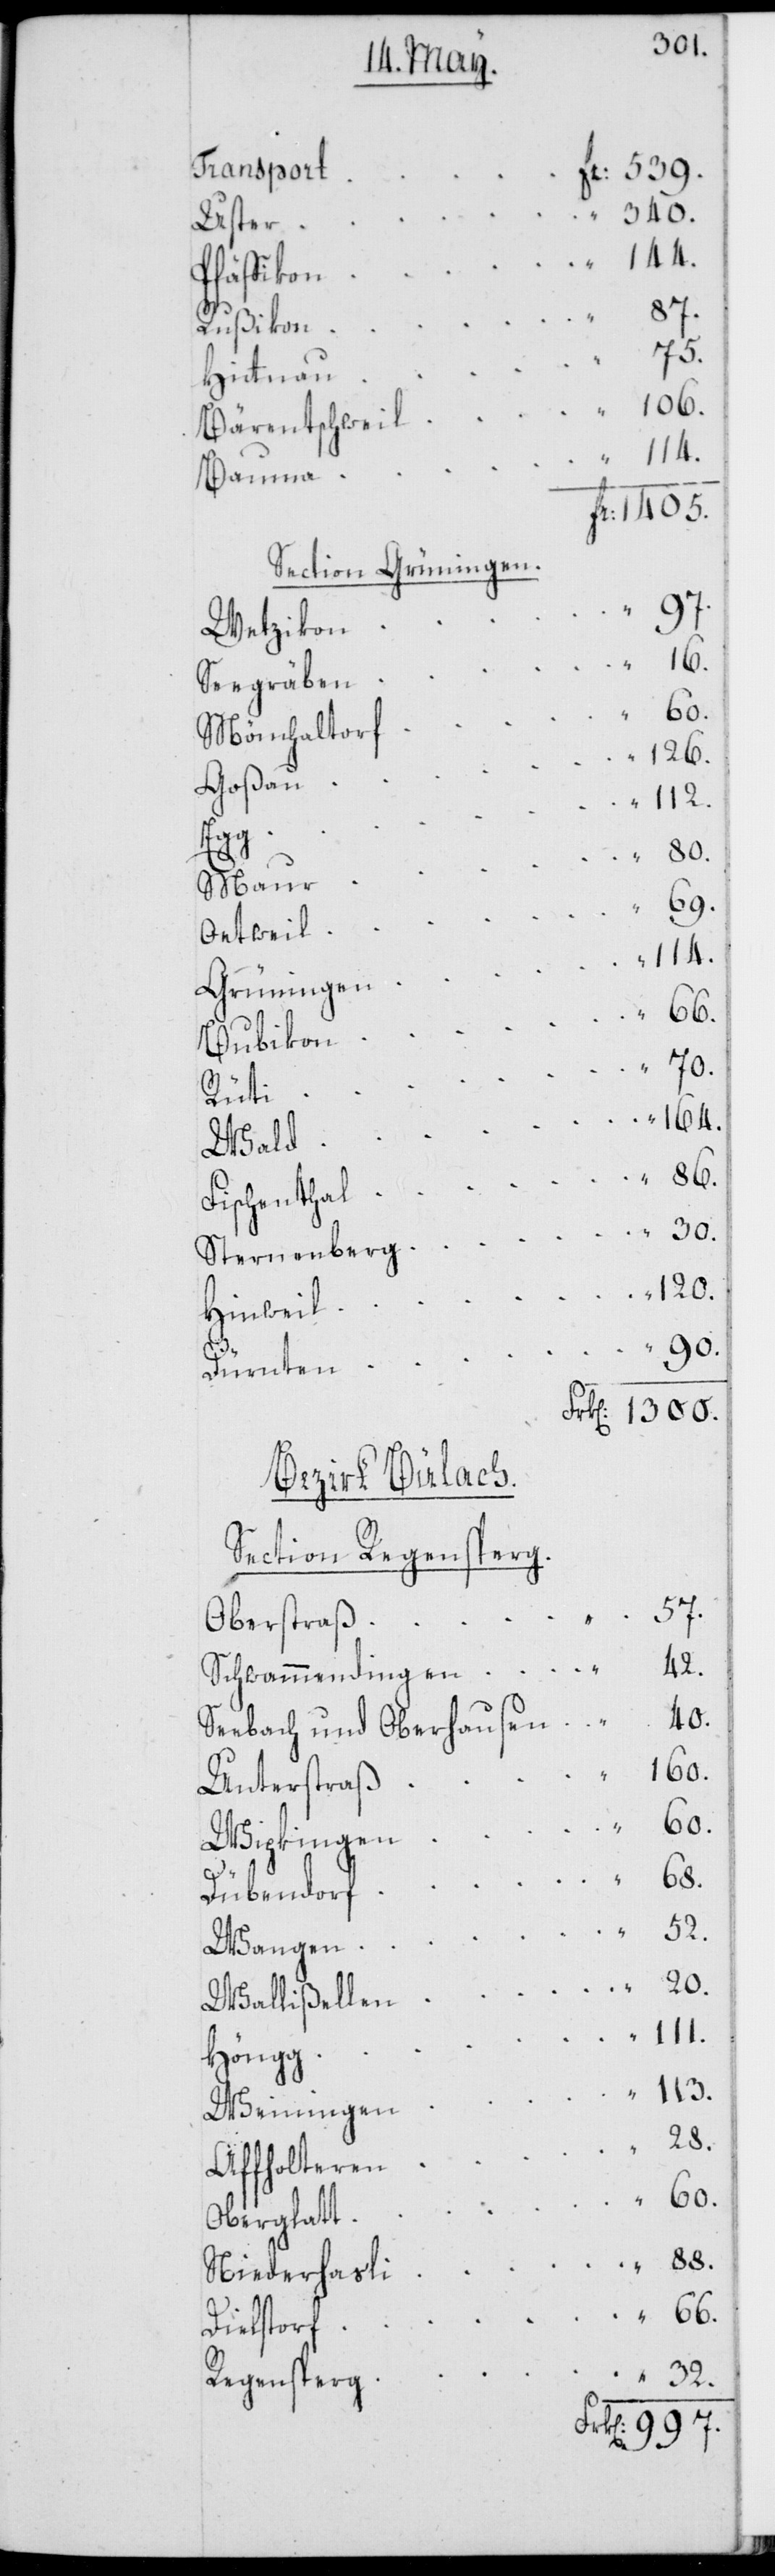
1300.
Transport
Fr: 539.
340.
Uster
Pfäffikon
57.
52.
Rußikon
75.
Hittnau
Bärentschweil
Bauma
Fr: 1405.
Section Grüningen.
97.
32.
Wetzikon
Seegräben
60.
Mönchaltorf
126.
Goßau
112.
Egg
Maur
997.
Oetweil
114.
Grüningen
106.
Bubikon
70.
Rüti
164.
Wald
Fischenthal “
Sternenberg
Hinweil
90.
Dürnten
Bezirk Bülach.
Section Regensperg.
Oberstraß
42.
Schwammendingen
Seebach und Oberhausen “ 40.
Unterstraß
Wipkingen
66.
Dübendorf
Wangen
Wallißellen
111.
Höngg
113.
Weiningen
Affholteren
Oberglatt
Niederhasli
Dielstorf
Regensperg